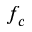
f _ { c }